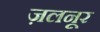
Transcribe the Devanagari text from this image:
ज़लनूर